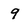
Character: 9